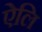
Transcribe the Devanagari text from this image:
ऐलि